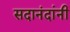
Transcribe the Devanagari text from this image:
सदानंदांनी